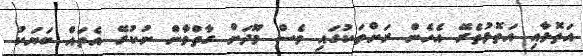
އަތޮޅާއި އަތޮޅުތެރޭ އެހެން ރަށްތަކުގައި ވެސް މޫދަށް ގާތްވާން ނުކުރޭ އެތައް ބަޔަކު